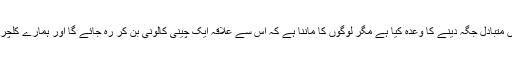
اگرچہ سری لنکن حکومت نے انہیں متبادل جگہ دینے کا وعدہ کیا ہے مگر لوگوں کا ماننا ہے کہ اس سے علاقہ ایک چینی کالونی بن کر رہ جائے گا اور ہمارے کلچر اور بود وباش پر بھی اثر پڑے گا۔